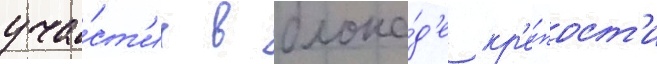
уча́ст'ие в блока́д'е кр'е́пост'и